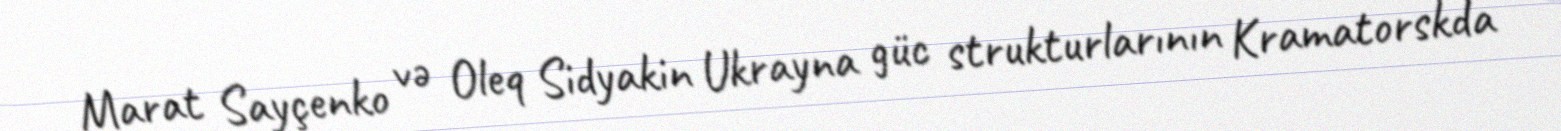
Marat Sayçenko və Oleq Sidyakin Ukrayna güc strukturlarının Kramatorskda